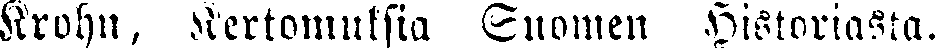
Krohn, kertomuksia Suomen historiasta.